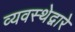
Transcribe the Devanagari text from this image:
व्यवस्थेद्वारे